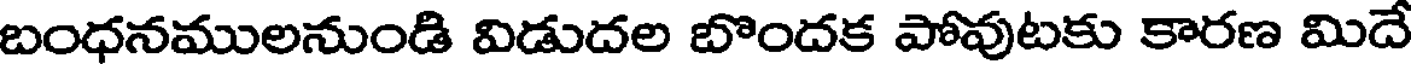
బంధనములనుండి విడుదల బొందక పోవుటకు కారణ మిదే